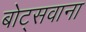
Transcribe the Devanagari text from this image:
बोट्सवाना